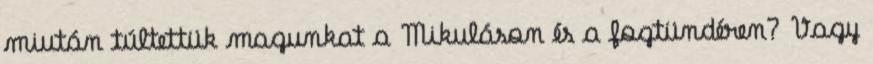
miután túltettük magunkat a Mikuláson és a fogtündéren? Vagy